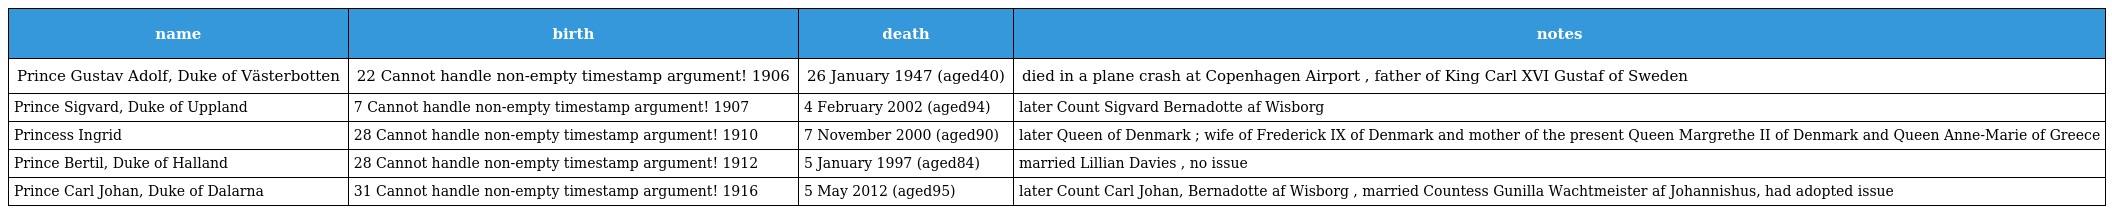
| name | birth | death | notes |
 | --- | --- | --- | --- |
 | Prince Gustav Adolf, Duke of Västerbotten | 22 Cannot handle non-empty timestamp argument! 1906 | 26 January 1947 (aged40) | died in a plane crash at Copenhagen Airport , father of King Carl XVI Gustaf of Sweden |
 | Prince Sigvard, Duke of Uppland | 7 Cannot handle non-empty timestamp argument! 1907 | 4 February 2002 (aged94) | later Count Sigvard Bernadotte af Wisborg |
 | Princess Ingrid | 28 Cannot handle non-empty timestamp argument! 1910 | 7 November 2000 (aged90) | later Queen of Denmark ; wife of Frederick IX of Denmark and mother of the present Queen Margrethe II of Denmark and Queen Anne-Marie of Greece |
 | Prince Bertil, Duke of Halland | 28 Cannot handle non-empty timestamp argument! 1912 | 5 January 1997 (aged84) | married Lillian Davies , no issue |
 | Prince Carl Johan, Duke of Dalarna | 31 Cannot handle non-empty timestamp argument! 1916 | 5 May 2012 (aged95) | later Count Carl Johan, Bernadotte af Wisborg , married Countess Gunilla Wachtmeister af Johannishus, had adopted issue |